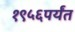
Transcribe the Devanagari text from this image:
१९५६पर्यंत